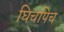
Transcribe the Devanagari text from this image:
घिचपिच